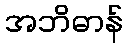
အဘိဓာန်